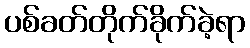
ပစ်ခတ်တိုက်ခိုက်ခဲ့ရာ